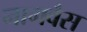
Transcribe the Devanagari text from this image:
नागवैस